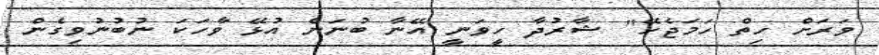
ވަރަށް ހިތް ހަމަޖެހޭ" ޝާރުދާ ހީވަނީ އޭނާ ބުނަން އުޅޭ ވާހަކަ ނުބުނުވިގެން